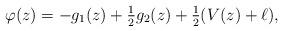
LaTeX: \begin{align*} \varphi(z) = -g_{1}(z)+\tfrac{1}{2} g_{2}(z) + \tfrac{1}{2} (V(z)+ \ell),\end{align*}